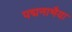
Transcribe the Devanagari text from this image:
पद्मनाभैया